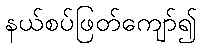
နယ်စပ်ဖြတ်ကျော်၍